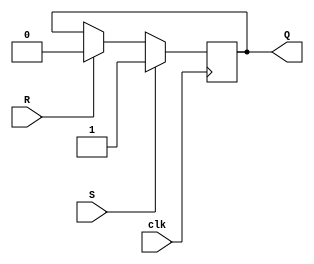
module SR_FF (
  input wire clk, // clock input 
  input wire S, // set input 
  input wire R, // reset input 
  output reg Q // output 
);

  always @(posedge clk) begin
    if (S) begin
      Q <= 1;
    end
    else if (R) begin
      Q <= 0;
    end
  end

endmodule